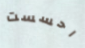
احسست